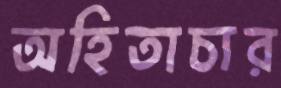
অহিতাচার